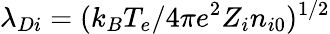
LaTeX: \lambda_{Di}=(k_{B}T_{e}/4\pi e^{2}Z_{i}n_{i0})^{1/2}